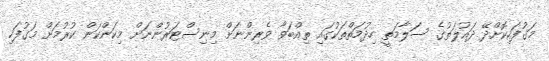
މަގުފަހިކޮށްދޭ ދައުލަތުގެ ސަލާމަތީ ހިދުމަތްތަކުގައި ތިއްބަވާ ވެރިންނަށް މިނިސްޓަރުންނަށް މިކަންކަން ކުރުމަށް މަގުފަހި